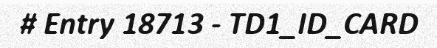
# Entry 18713 - TD1_ID_CARD